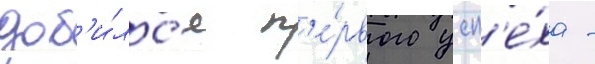
доб'и́лс'я п'е́рвого усп'е́ха -